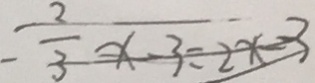
- \frac { 2 } { 3 } x - 3 = 2 x - 3